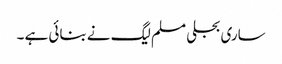
ساری بجلی مسلم لیگ نے بنائی ہے ۔